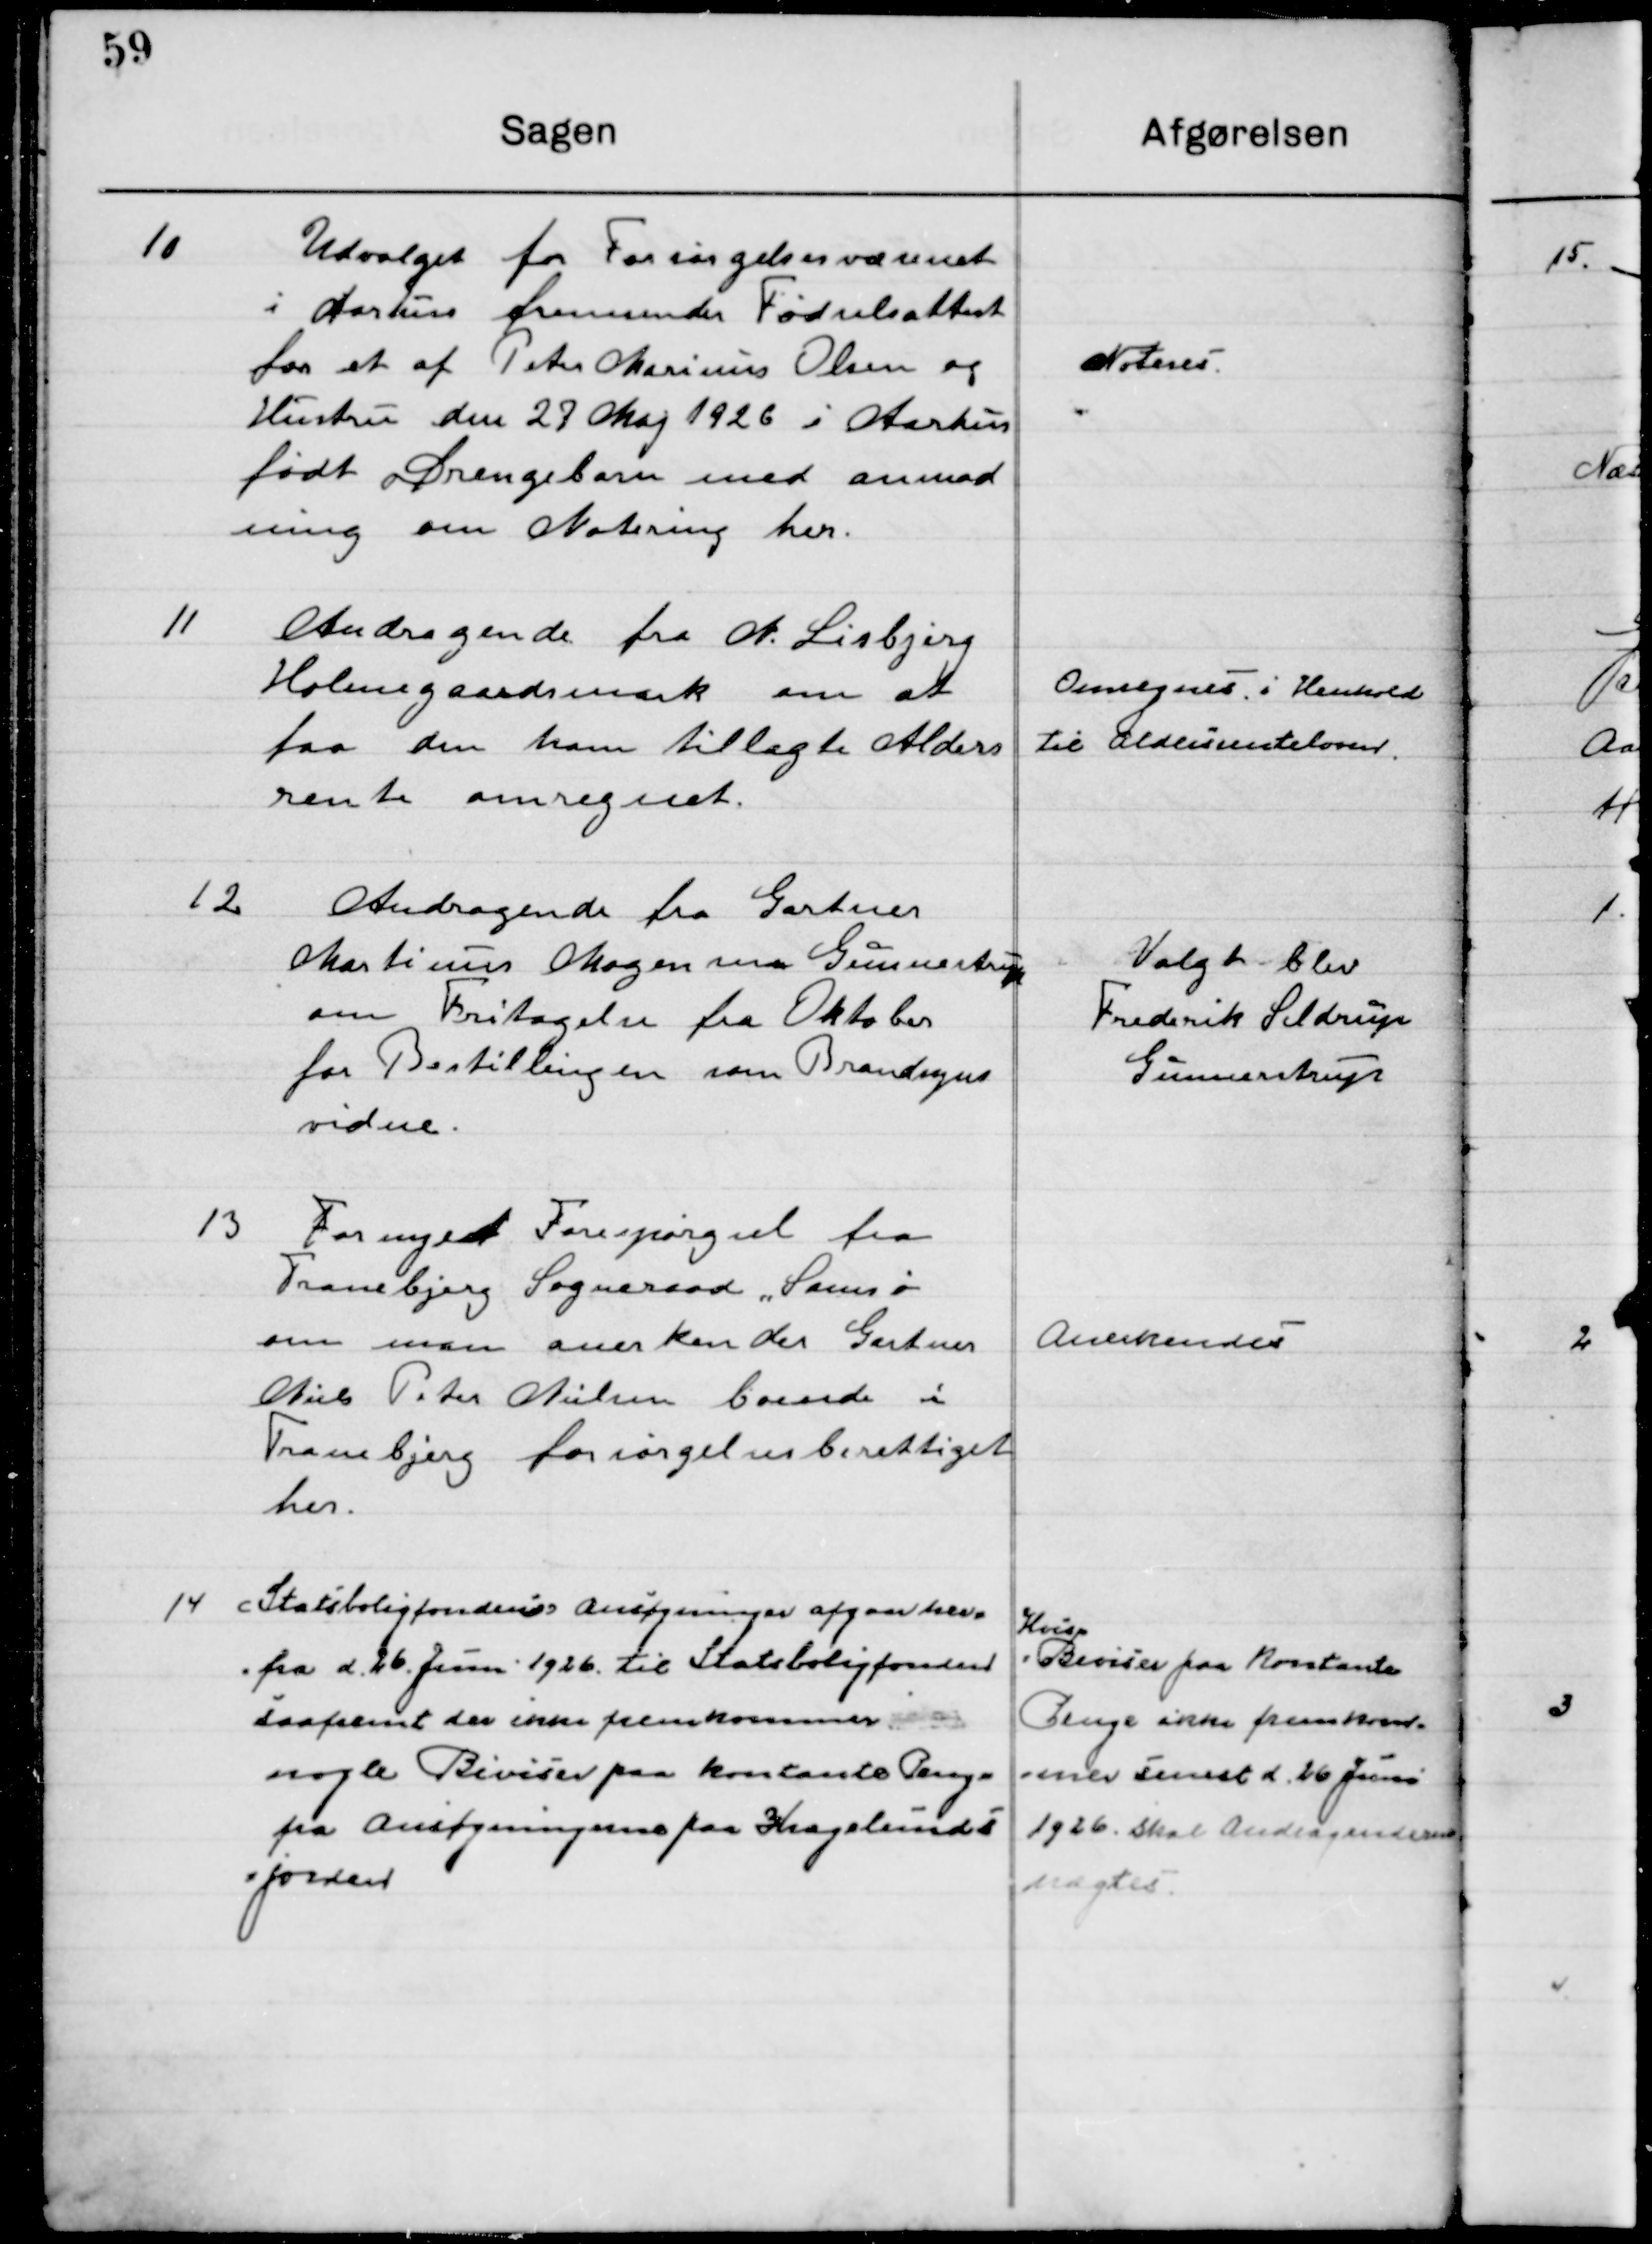
Transskription:
10

Udvalget for Forsørgelsesvæsenet 
i Aarhus fremsender Fødselsattest
for et af Peter Marinus Olsen og
Hustru den 27 Maj 1926 i Aarhus
født Drengebarn med Anmod-
ning om Notering her.

Noteres

11

Andragende fra N. Lisbjerg
Holmsgaardsmark om at
faa den ham tillagte Alders
rente omregnet.

Omregnes i Henhold
til Aldersrenteloven.

12

Andragende fra Gartner
Martinus Mogensen Gunnestrup
om Fritagelse fra Oktober
for Bestillingen som Brandsyns-
vidne.

Valgt blev
Frederik Seldrup
Gunnestrup

13

Fornyet Forespørgsel fra 
Tranbjerg Sogneraad, „Samsø
om man anerkender Gartner
Niels Peter Nielsen boende i 
Tranbjerg forsørgelsesberettiget 
her.

Anerkendes

14

Statsboligfondens ansøgninger afgaar her-
fra d. 26. Juni 1826 til Statsboligfonden
saafremt der ikke fremkommer
nogle Beviser paa kontante Penge
fra Ansøgningerne paa Kragelunds
jordene.

Hvis
Beviser paa Kontante
Penge ikke fremkom-
mer senest d. 26 Juni
1926 skal Andragenderne 
Nægtes